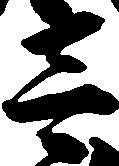
壱